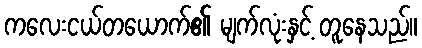
ကလေးငယ်တယောက်၏ မျက်လုံးနှင့် တူနေသည်။